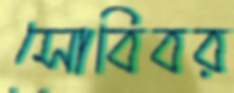
সোবিবর